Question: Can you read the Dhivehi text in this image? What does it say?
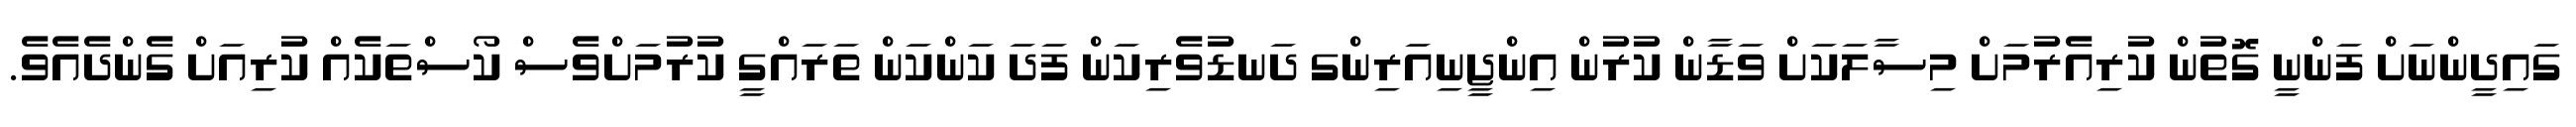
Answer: ގައިދީންނަށް ފަންނީ ގޮތުން ކުރިއެރުމަށް މިސާލަކަށް ވަޑާން ކުރުން އިންޖީނިއަރިންގ ދަނޑުވެރިކަން ފަދަ ކަންކަން ތަރައްގީ ކުރުމަށްވެސް ކޯސްތަކެއް ކުރިއަށް ގެންދެއެވެ.